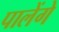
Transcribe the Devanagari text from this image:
पालेंगे